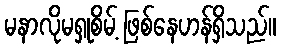
မနာလိုမရှုစိမ့် ဖြစ်နေဟန်ရှိသည်။